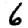
Digit: 6